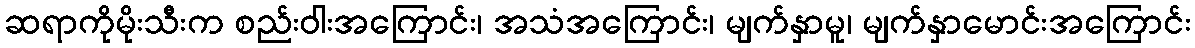
ဆရာကိုမိုးသီးက စည်းဝါးအကြောင်း၊ အသံအကြောင်း၊ မျက်နှာမူ၊ မျက်နှာမောင်းအကြောင်း